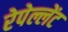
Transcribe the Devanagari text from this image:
रेपेल्लेंट